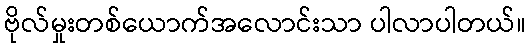
ဗိုလ်မှုးတစ်ယောက်အလောင်းသာ ပါလာပါတယ်။